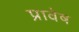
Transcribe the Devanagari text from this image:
प्रावेष